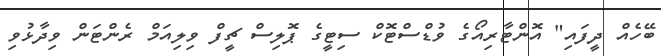
ބޭހެއް ދީފައި" އޮންޓާރިއޯގެ ވުޑްސްޓޮކް ސިޓީގެ ޕޮލިސް ޗީފް ވިލިއަމް ރެންޓަން ވިދާޅުވި